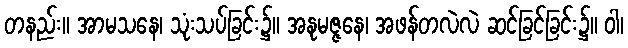
တနည်း။ အာမသနေ၊ သုံးသပ်ခြင်း၌။ အနုမဇ္ဇနေ၊ အဖန်တလဲလဲ ဆင်ခြင်ခြင်း၌။ ဝါ၊